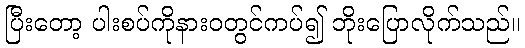
ပြီးတော့ ပါးစပ်ကိုနားဝတွင်ကပ်၍ ဘိုးပြောလိုက်သည်။